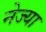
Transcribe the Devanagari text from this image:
नेज्या